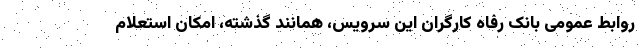
روابط عمومی بانک رفاه کارگران این سرویس، همانند گذشته، امکان استعلام